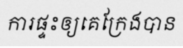
ការផ្ទះឲ្យគេក្រែងបាន